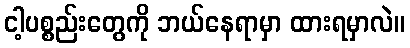
ငါ့ပစ္စည်းတွေကို ဘယ်နေရာမှာ ထားရမှာလဲ။